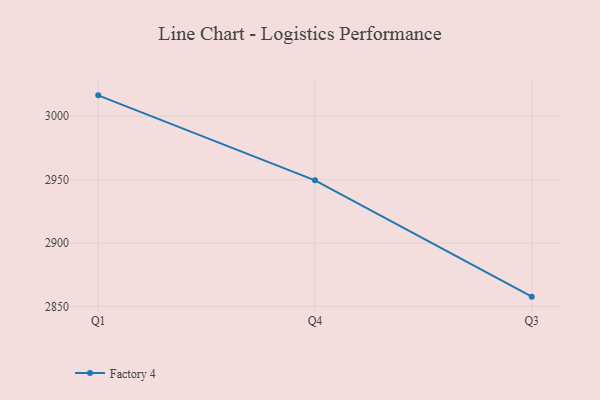
{"axis": {"x": "Quarter", "y": "Shipments"}, "legend": ["Factory 4"], "data": [{"x": "Q1", "y": 3016.5, "type": "Factory 4"}, {"x": "Q4", "y": 2949.5, "type": "Factory 4"}, {"x": "Q3", "y": 2857.8, "type": "Factory 4"}]}